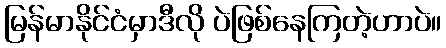
မြန်မာနိုင်ငံမှာဒီလို ပဲဖြစ်နေကြတဲ့ဟာပဲ။